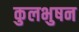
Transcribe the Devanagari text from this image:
कुलभुषन